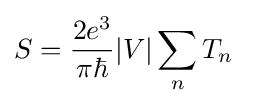
S={\frac {2e^{3}}{\pi \hbar }}\vert V\vert \sum _{n}T_{n}\